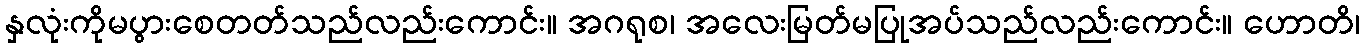
နှလုံးကိုမပွားစေတတ်သည်လည်းကောင်း။ အဂရုစ၊ အလေးမြတ်မပြုအပ်သည်လည်းကောင်း။ ဟောတိ၊